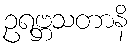
ဥရဗ္ဘသတာနိ